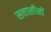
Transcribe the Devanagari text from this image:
सत्तासीनों